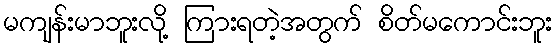
မကျန်းမာဘူးလို့ ကြားရတဲ့အတွက် စိတ်မကောင်းဘူး